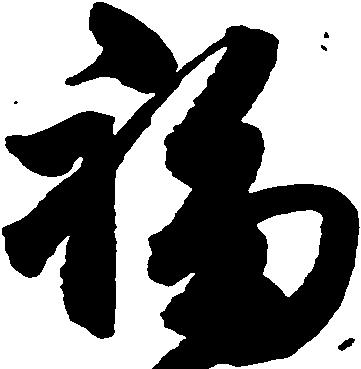
福